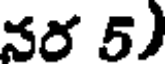
నర 5)